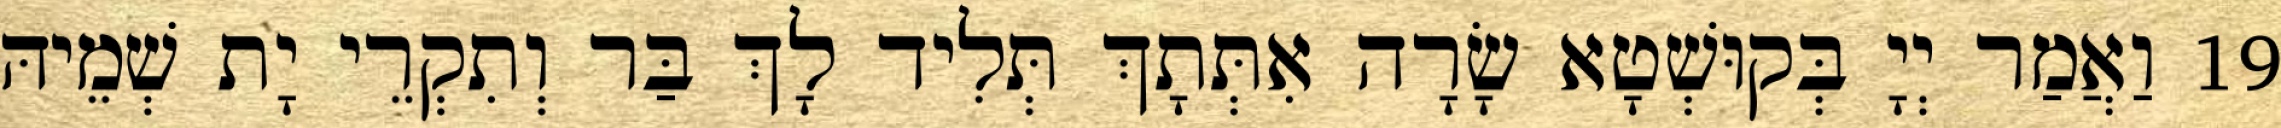
19 וַאֲמַר יְיָ בְּקוּשְׁטָא שָׂרָה אִתְּתָךְ תְּלִיד לָךְ בַּר וְתִקְרֵי יָת שְׁמֵיהּ